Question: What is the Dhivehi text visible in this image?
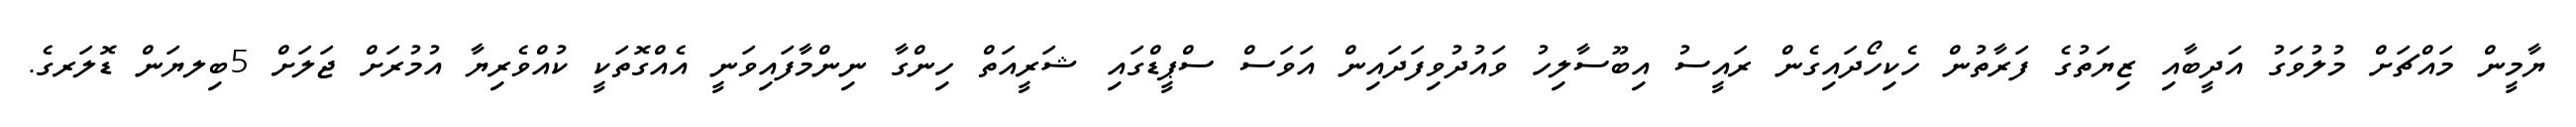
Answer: ޔާމީން މައްޗަށް މުލުވަގު އަދީބާއި ޒިޔަތުގެ ފަރާތުން ހެކިހޯދައިގެން ރައީސު އިބޫސާލިހު ވައުދުވިފަދައިން އަވަސް ސްޕީޑްގައި ޝަރީއަތް ހިންގާ ނިންމާފައިވަނީ އެއްގޮތަކީ ކުއްވެރިޔާ އުމުރަށް ޖަލަށް 5ބިލޔަން ޑޮލަރގެ.